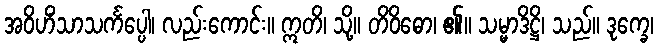
အဝိဟိံသာသင်္ကပ္ပေါ၊ လည်းကောင်း။ ဣတိ၊ သို့။ တိဝိဓော၊ ၏။ သမ္မာဒိဋ္ဌိ၊ သည်။ ဒုက္ခေ၊